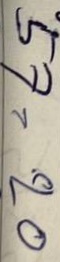
57 = 20